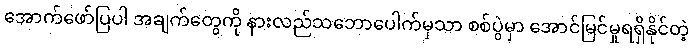
အောက်ဖော်ပြပါ အချက်တွေကို နားလည်သဘောပေါက်မှသာ စစ်ပွဲမှာ အောင်မြင်မှုရရှိနိုင်တဲ့